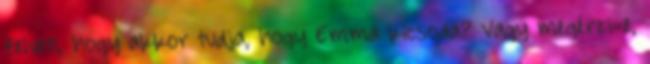
felveti, hogy akkor tudja, hogy Emma kicsoda? Vagy megérzi-e,